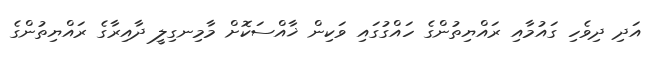
އަދި ދިވެހި ގައުމާއި ރައްޔިތުންގެ ހައްގުގައި ވަކިން ޚާއްސަކޮށް މާމިނގިލީ ދާއިރާގެ ރައްޔިތުންގެ